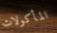
المأكولات